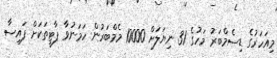
މިއަހަރުގެ ޑިސެމްބަރު މަހުގެ 31 ނިޔަލަށް 10000 މެމްބަރުން ހަމަނުވާ ޕާޓީތަކަށް ފައިސާ